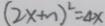
( 2 x + n ) ^ { 2 } = 4 x